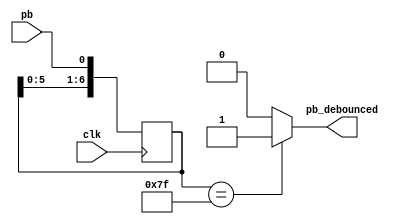
module debounce(
    output pb_debounced, 
    input pb ,
    input clk
);
    
    reg [6:0] shift_reg;
    always @(posedge clk) begin
        shift_reg[6:1] <= shift_reg[5:0];
        shift_reg[0] <= pb;
    end
    
    assign pb_debounced = shift_reg == 7'b111_1111 ? 1'b1 : 1'b0;
endmodule